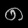
Digit: ၈